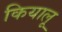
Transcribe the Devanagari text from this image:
कियालू